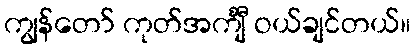
ကျွန်တော် ကုတ်အင်္ကျီ ဝယ်ချင်တယ်။